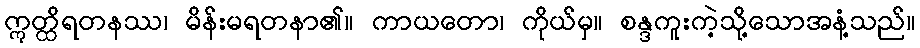
ဣတ္ထိရတနဿ၊ မိန်းမရတနာ၏။ ကာယတော၊ ကိုယ်မှ။ စန္ဒကူးကဲ့သို့သောအနံ့သည်။